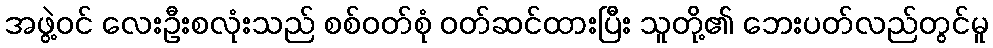
အဖွဲ့ဝင် လေးဦးစလုံးသည် စစ်ဝတ်စုံ ဝတ်ဆင်ထားပြီး သူတို့၏ ဘေးပတ်လည်တွင်မူ